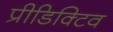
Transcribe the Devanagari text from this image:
प्रीडिक्टिव